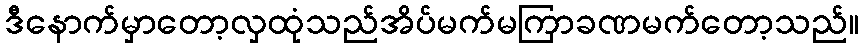
ဒီနောက်မှာတော့လှထုံသည်အိပ်မက်မကြာခဏမက်တော့သည်။